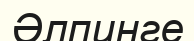
Әлпинге